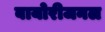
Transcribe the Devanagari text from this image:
बायोरीजनल